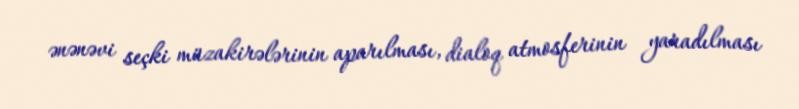
ənənəvi seçki müzakirələrinin aparılması, dialoq atmosferinin yaradılması